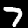
Digit: 7